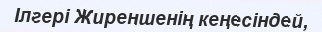
Ілгері Жиреншенің кеңесіндей,